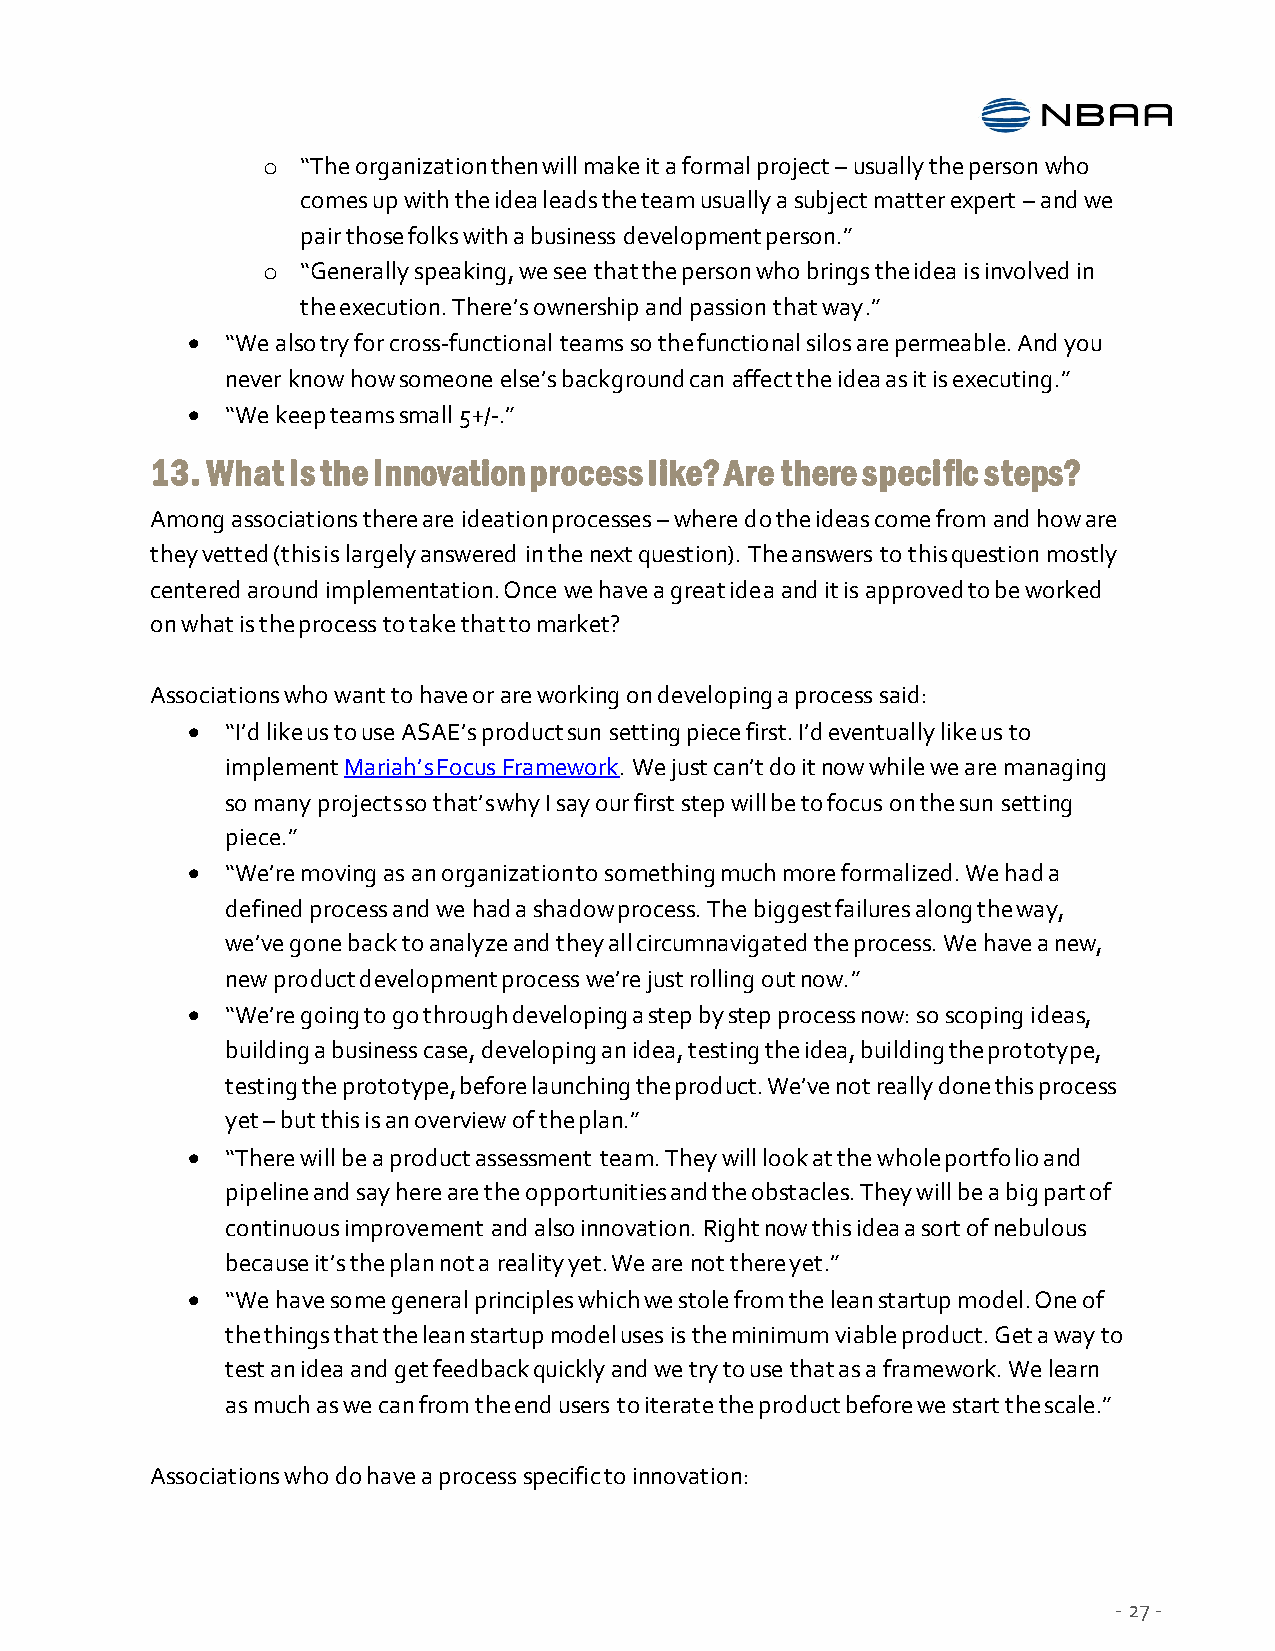
o  “The organization then will make it a formal project – usually the person who
 comes up with the idea leads the team usually a subject matter expert – and we
 pair those folks with a business development person.”
 o  “Generally speaking, we see that the person who brings the idea is involved in
 the execution. There’s ownership and passion that way.”
   “We also try for cross-functional teams so the functional silos are permeable. And you
 never know how someone else’s background can affect the idea as it is executing.”
   “We keep teams small 5+/-.”
 13. What is the innovation process like? Are there specific steps?
 Among associations there are ideation processes – where do the ideas come from and how are
 they vetted (this is largely answered in the next question). The answers to this question mostly
 centered around implementation. Once we have a great idea and it is approved to be worked
 on what is the process to take that to market?
 Associations who want to have or are working on developing a process said:
   “I’d like us to use ASAE’s product sun setting piece first. I’d eventually like us to
 implement Mariah’s Focus Framework. We just can’t do it now while we are managing
 so many projects so that’s why I say our first step will be to focus on the sun setting
 piece.”
   “We’re moving as an organization to something much more formalized. We had a
 defined process and we had a shadow process. The biggest failures along the way,
 we’ve gone back to analyze and they all circumnavigated the process. We have a new,
 new product development process we’re just rolling out now.”
   “We’re going to go through developing a step by step process now: so scoping ideas,
 building a business case, developing an idea, testing the idea, building the prototype,
 testing the prototype, before launching the product. We’ve not really done this process
 yet – but this is an overview of the plan.”
   “There will be a product assessment team. They will look at the whole portfolio and
 pipeline and say here are the opportunities and the obstacles. They will be a big part of
 continuous improvement and also innovation. Right now this idea a sort of nebulous
 because it’s the plan not a reality yet. We are not there yet.”
   “We have some general principles which we stole from the lean startup model. One of
 the things that the lean startup model uses is the minimum viable product. Get a way to
 test an idea and get feedback quickly and we try to use that as a framework. We learn
 as much as we can from the end users to iterate the product before we start the scale.”
 Associations who do have a process specific to innovation:
 - 27 -